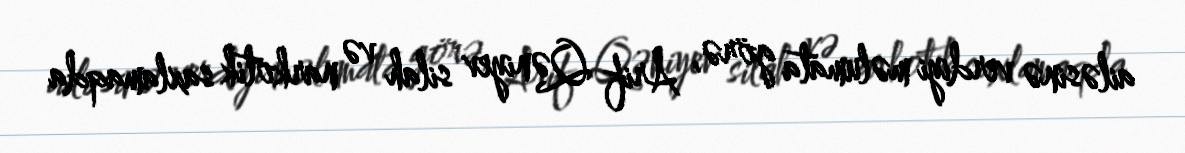
ailəsinə verdiyi məlumata görə, Arif Qəniyev silah və narkotik saxlamaqda